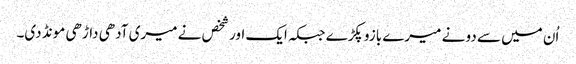
اُن میں سے دو نے میرے بازو پکڑے جبکہ ایک اور شخص نے میری آدھی داڑھی مونڈ دی۔